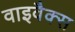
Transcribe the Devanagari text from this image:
वाइवैक्स